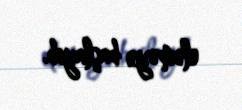
eləməyə başlayıb.